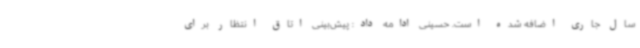
سال‌ جاری اضافه شده است. حسینی ادامه داد: پیش‌بینی اتاق انتظار برای